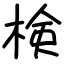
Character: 検